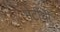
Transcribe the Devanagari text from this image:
भेटींची